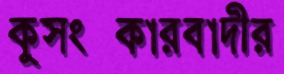
কুসংস্কারবাদীর